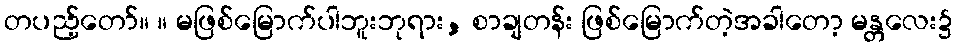
တပည့်တော်။ ။ မဖြစ်မြောက်ပါဘူးဘုရား, စာချတန်း ဖြစ်မြောက်တဲ့အခါတော့ မန္တလေး၌